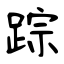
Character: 踪